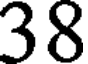
38